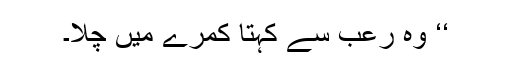
‘‘ وہ رعب سے کہتا کمرے میں چلا۔